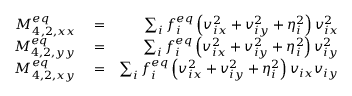
\begin{array} { r l r } { M _ { 4 , 2 , x x } ^ { e q } } & { { } = } & { \sum _ { i } { f _ { i } ^ { e q } \left( { v _ { i x } ^ { 2 } + v _ { i y } ^ { 2 } + \eta _ { i } ^ { 2 } } \right) v _ { i x } ^ { 2 } } } \\ { M _ { 4 , 2 , y y } ^ { e q } } & { { } = } & { \sum _ { i } { f _ { i } ^ { e q } \left( { v _ { i x } ^ { 2 } + v _ { i y } ^ { 2 } + \eta _ { i } ^ { 2 } } \right) v _ { i y } ^ { 2 } } } \\ { M _ { 4 , 2 , x y } ^ { e q } } & { { } = } & { \sum _ { i } { f _ { i } ^ { e q } \left( { v _ { i x } ^ { 2 } + v _ { i y } ^ { 2 } + \eta _ { i } ^ { 2 } } \right) { v _ { i x } } } { v _ { i y } } } \end{array}